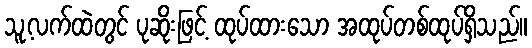
သူ့လက်ထဲတွင် ပုဆိုးဖြင့် ထုပ်ထားသော အထုပ်တစ်ထုပ်ရှိသည်။